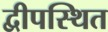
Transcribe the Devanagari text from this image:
द्वीपस्थित